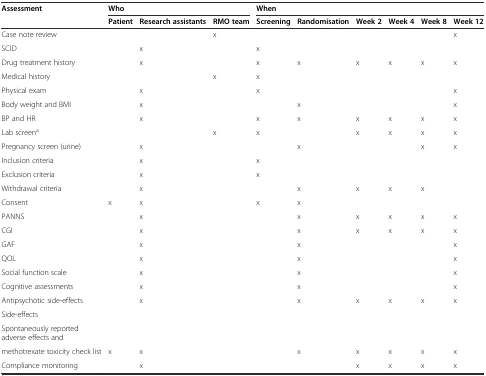
<table><thead><tr><td rowspan="2"><b>Assessment</b></td><td colspan="3"><b>Who</b></td><td colspan="6"><b>When</b></td></tr><tr><td><b>Patient</b></td><td><b>Research assistants</b></td><td><b>RMO team</b></td><td><b>Screening</b></td><td><b>Randomisation</b></td><td><b>Week 2</b></td><td><b>Week 4</b></td><td><b>Week 8</b></td><td><b>Week 12</b></td></tr></thead><tbody><tr><td>Case note review</td><td></td><td></td><td>x</td><td></td><td></td><td></td><td></td><td></td><td>x</td></tr><tr><td>SCID</td><td></td><td>x</td><td></td><td>x</td><td></td><td></td><td></td><td></td><td></td></tr><tr><td>Drug treatment history</td><td></td><td>x</td><td></td><td>x</td><td>x</td><td>x</td><td>x</td><td>x</td><td>x</td></tr><tr><td>Medical history</td><td></td><td></td><td>x</td><td>x</td><td></td><td></td><td></td><td></td><td></td></tr><tr><td>Physical exam</td><td></td><td>x</td><td></td><td>x</td><td></td><td></td><td></td><td></td><td>x</td></tr><tr><td>Body weight and BMI</td><td></td><td>x</td><td></td><td></td><td>x</td><td></td><td></td><td></td><td>x</td></tr><tr><td>BP and HR</td><td></td><td>x</td><td></td><td>x</td><td>x</td><td>x</td><td>x</td><td>x</td><td>x</td></tr><tr><td>Lab screen<sup>a</sup></td><td></td><td></td><td>x</td><td>x</td><td></td><td>x</td><td>x</td><td>x</td><td>x</td></tr><tr><td>Pregnancy screen (urine)</td><td></td><td>x</td><td></td><td></td><td>x</td><td></td><td></td><td>x</td><td>x</td></tr><tr><td>Inclusion criteria</td><td></td><td>x</td><td></td><td>x</td><td></td><td></td><td></td><td></td><td></td></tr><tr><td>Exclusion criteria</td><td></td><td>x</td><td></td><td>x</td><td></td><td></td><td></td><td></td><td></td></tr><tr><td>Withdrawal criteria</td><td></td><td>x</td><td></td><td></td><td>x</td><td>x</td><td>x</td><td>x</td><td></td></tr><tr><td>Consent</td><td>x</td><td>x</td><td></td><td>x</td><td>x</td><td></td><td></td><td></td><td></td></tr><tr><td>PANNS</td><td></td><td>x</td><td></td><td></td><td>x</td><td>x</td><td>x</td><td>x</td><td>x</td></tr><tr><td>CGI</td><td></td><td>x</td><td></td><td></td><td>x</td><td>x</td><td>x</td><td>x</td><td>x</td></tr><tr><td>GAF</td><td></td><td>x</td><td></td><td></td><td>x</td><td></td><td></td><td></td><td>x</td></tr><tr><td>QOL</td><td></td><td>x</td><td></td><td></td><td>x</td><td></td><td></td><td></td><td>x</td></tr><tr><td>Social function scale</td><td></td><td>x</td><td></td><td></td><td>x</td><td></td><td></td><td></td><td>x</td></tr><tr><td>Cognitive assessments</td><td></td><td>x</td><td></td><td></td><td>x</td><td></td><td></td><td></td><td>x</td></tr><tr><td>Antipsychotic side-effects</td><td></td><td>x</td><td></td><td></td><td>x</td><td>x</td><td>x</td><td>x</td><td>x</td></tr><tr><td>Side-effects</td><td></td><td></td><td></td><td></td><td></td><td></td><td></td><td></td><td></td></tr><tr><td>Spontaneously reported adverse effects and</td><td></td><td></td><td></td><td></td><td></td><td></td><td></td><td></td><td></td></tr><tr><td>methotrexate toxicity check list</td><td>x</td><td>x</td><td></td><td></td><td>x</td><td>x</td><td>x</td><td>x</td><td>x</td></tr><tr><td>Compliance monitoring</td><td></td><td>x</td><td></td><td></td><td></td><td>x</td><td>x</td><td>x</td><td>x</td></tr></tbody></table>